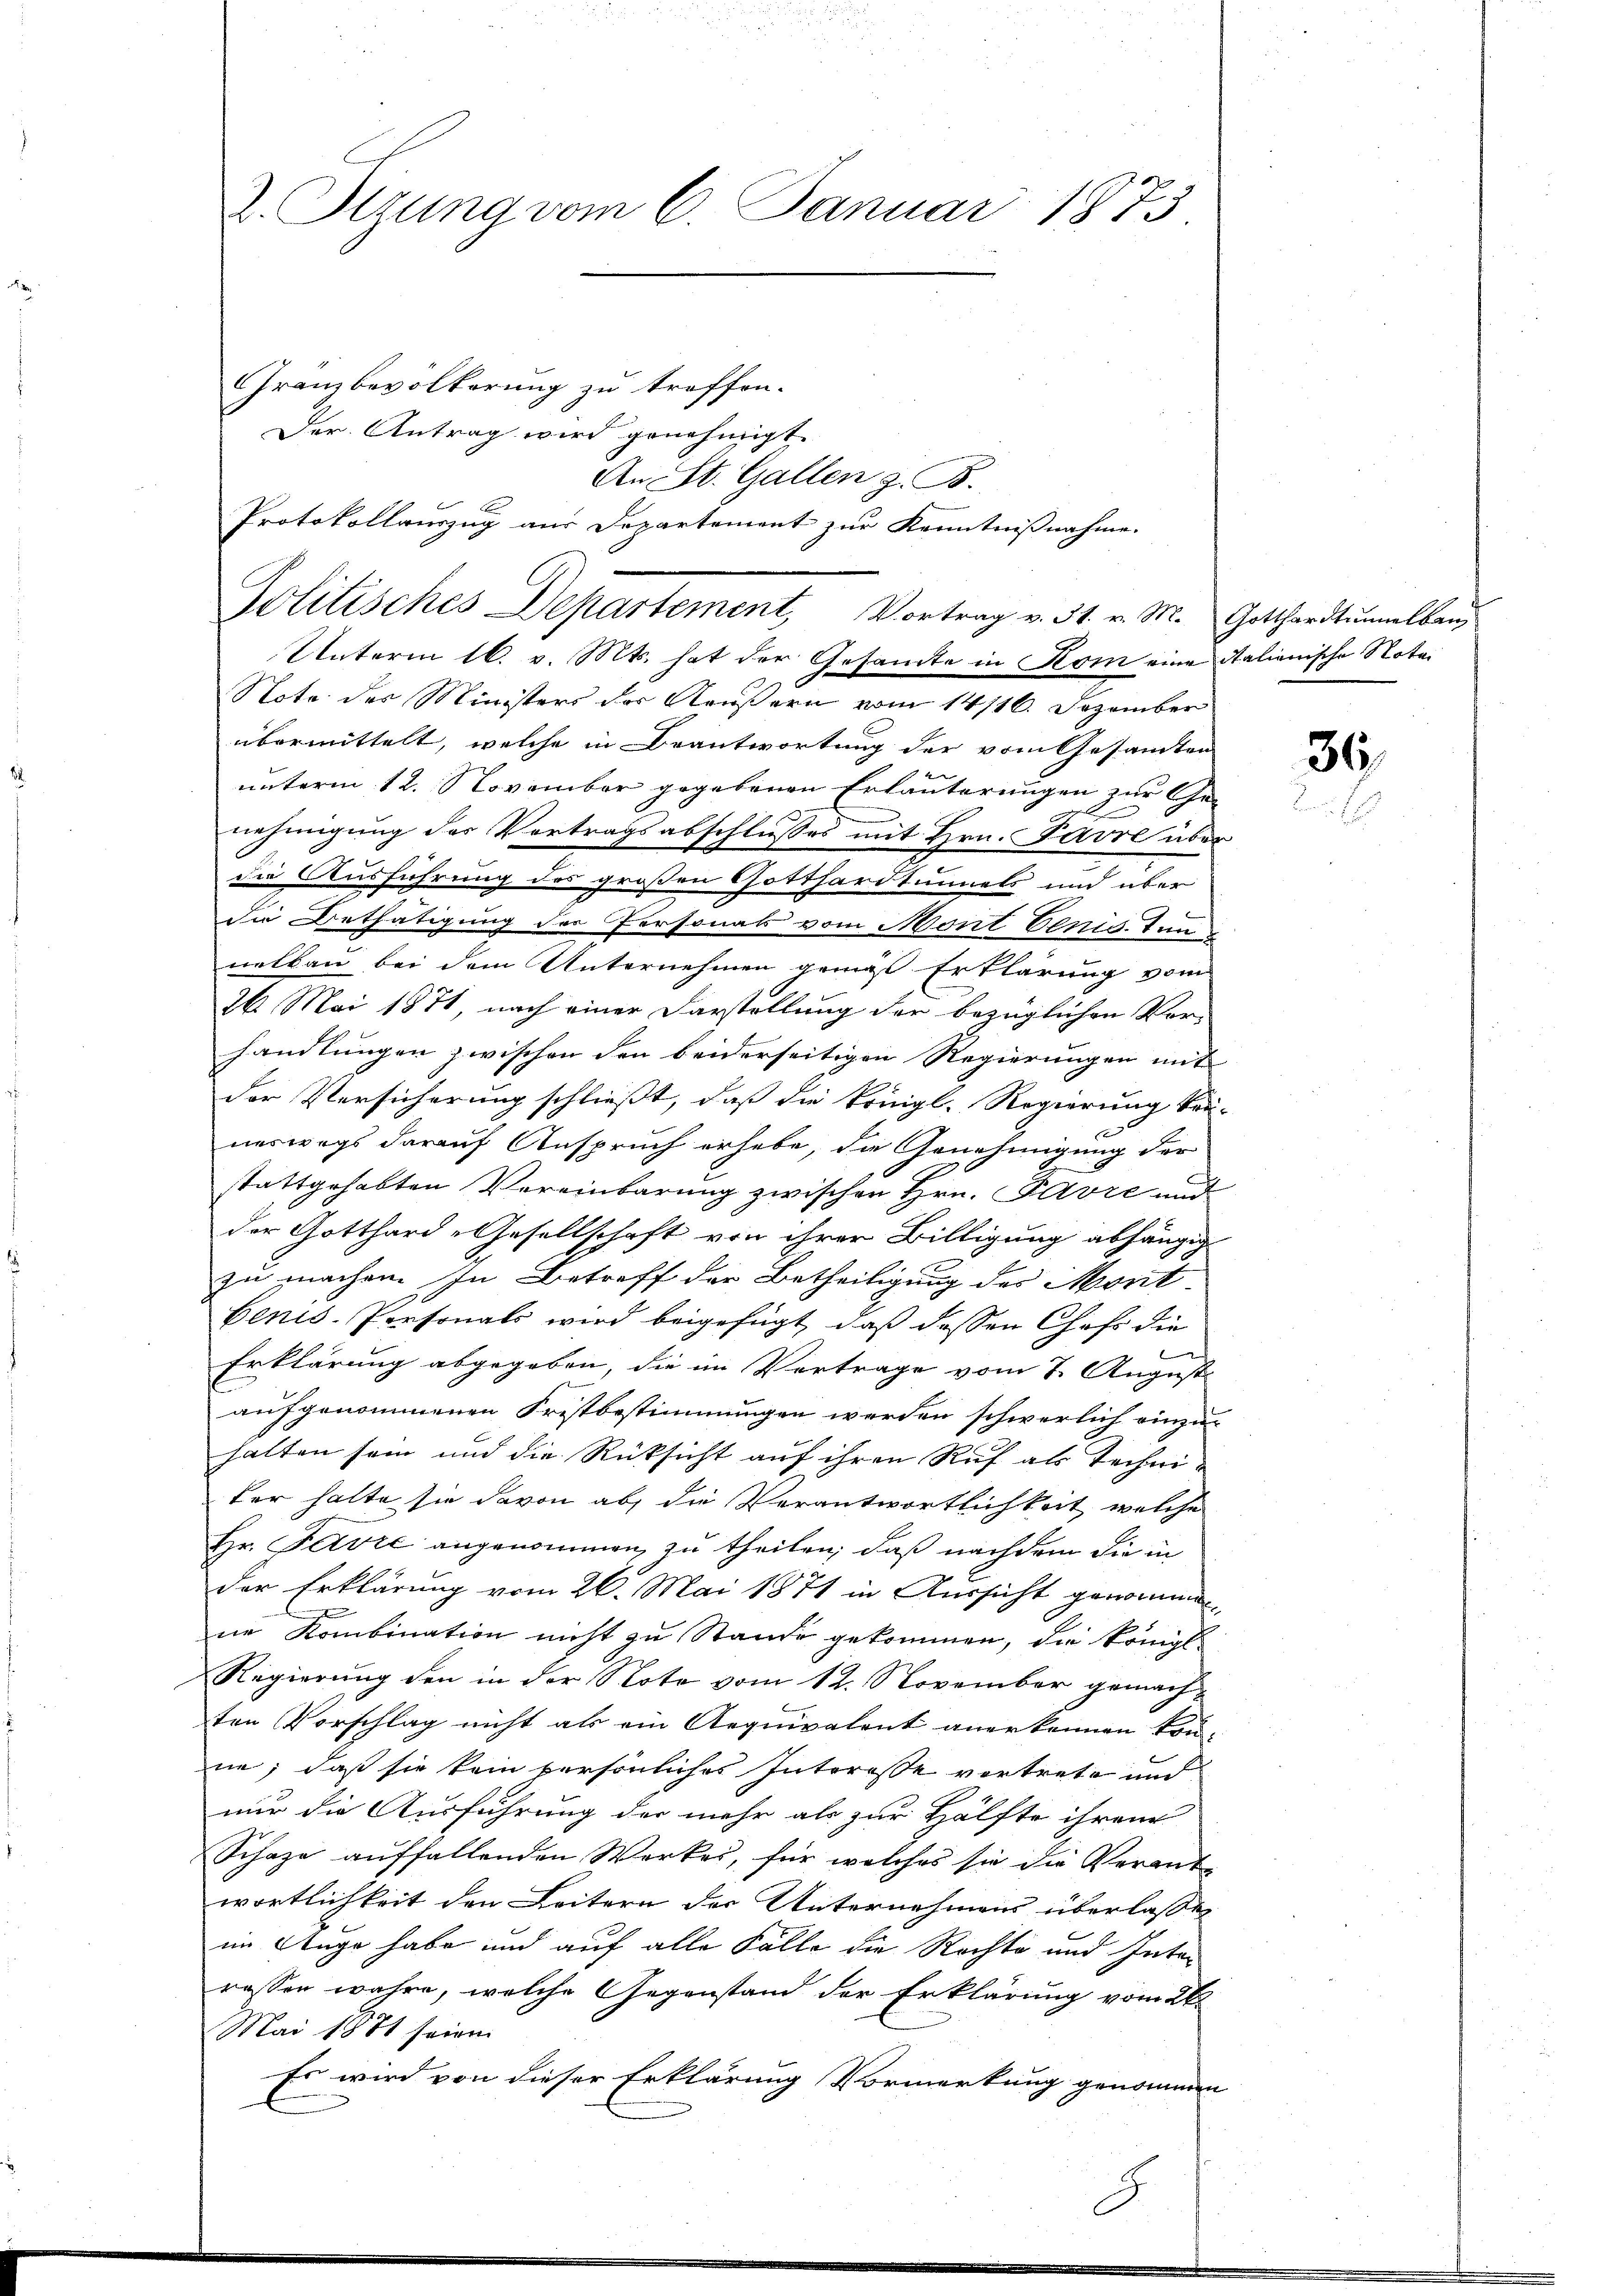
Z. Sitzung vom 6. Januar 1873.

Granzbevölkerung zu treffen.
Der Antrag wird genehmigt.
An St. Gallen z. B.
Unterm 16. v. Mts. hat der Gesamte in Kom eine Italienische Notai
Note des Ministers der Aeußern vom 14/16. Dezember
übermittelt, welche in Beantwortung der vom Gesandten
unterm 12. November gegebenen Erläuterungen zur Gee
nehmigung der Vortragsabschlusses mit Hrn. Favre über
die Ausführung des großen Gotthardtunnels und über
die Bethätigung der Personats vom Mont benis. Tunnelbau bei dem Unternehmen genigst Erklärung vom
26. Mai 1871, nach einer Darstellung der bezüglichen Vorhandlungen zwischen den beiderseitigen Regierungen mit
der Versicherung schließt, daß die königl. Regierung kei
x
neswegs darauf Anspruch erhebe, die Genehmigung der
stattgehabten Vereinbarung zwischen Hrn. Pavre und
der Gotthard-Gesellschaft von ihrer Billigung abhängig
x
zu machen. In Betreff der Betheiligung des Morit-
Benis-Personals wird beigefügt, daß dessen Chefs die
Erklärung abgegeben, die im Vertrage vom 7. August.
aufgenommenen Fristbestimmungen werden schwerlich einzuhalten sein und die Rücksicht auf ihren Ruf als Techniter halte sie davon ab, die Verantwortlichkeit, welche
Hr. Fervre angenommen zu theilen, daß nachdem die in
der Erklärung vom 26. Mai 1871 in Aussicht genommen
ne Kombination nicht zu Stande gekommen, die Königl.
Regierung den in der Note vom 12. November gemachten Vorschlag nicht als ein Aequivalent anerkennen kön-
ne; daß sie kein persönliches Interesse vortrete und
nur die Ausführung der mehr als zur Hälfte ihren
Schaze auffallenden Werkes, für welches sie die Verant-
wortlichkeit den Leitern der Unternehmens überlassen
im Auge habe und auf alle Fälle die Rechte und Interassen wahre, welche Gegenstand der Erklärung vom 26.
Mai 1881 seien
Es wird von dieser Erklärung Vormerkung genommen

Protokollauszug aus Departement zur Kenntnißnahme.
Politisches Departement, Vortrag v. 31. v. M. Gotthardtummelbar

f
.

36.